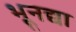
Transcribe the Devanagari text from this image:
भूनद्या